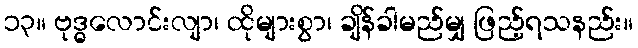
၁၃။ ဗုဒ္ဓလောင်းလျာ၊ ထိုများစွာ၊ ချိန်ခါမည်မျှ ဖြည့်ရသနည်း။